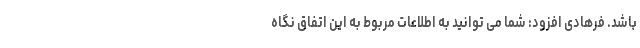
باشد. فرهادی افزود: شما می توانید به اطلاعات مربوط به این اتفاق نگاه